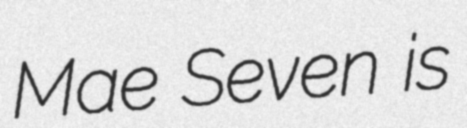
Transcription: Mae Seven is